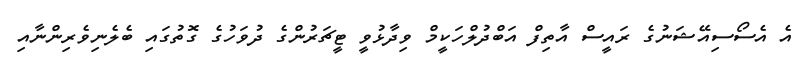
އެ އެސޯސިއޭޝަނުގެ ރައީސް އާތިފް އަބްދުލްހަކީމް ވިދާޅުވީ ޓީޗަރުންގެ ދުވަހުގެ ގޮތުގައި ބެލެނިވެރިންނާއި